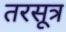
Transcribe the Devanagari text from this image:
तरसूत्र